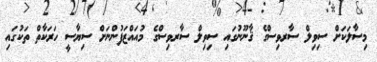
މިސާލަކަށް ސިވިލް ސާރވިސްގެ ޤާނޫނުގައި ސިވިލް ސާރވިސްގެ މުއައްޒަފުންނަށް ސިޔާސީ ހަރަކާތް ތަކުގައި